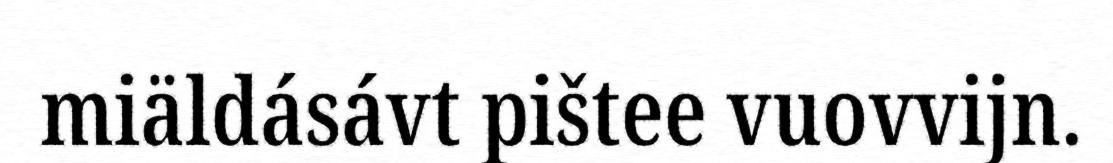
miäldásávt pištee vuovvijn.